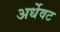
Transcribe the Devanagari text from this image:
अर्धेवट